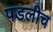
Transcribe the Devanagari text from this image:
पडलीच